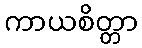
ကာယစိတ္တာ